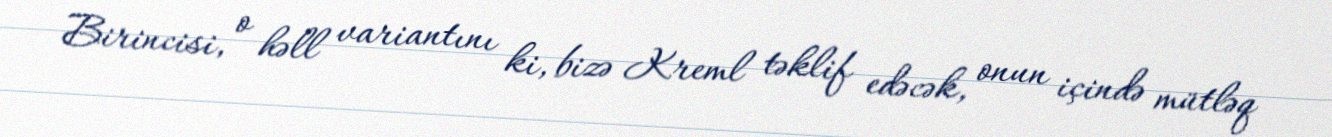
Birincisi, o həll variantını ki, bizə Kreml təklif edəcək, onun içində mütləq